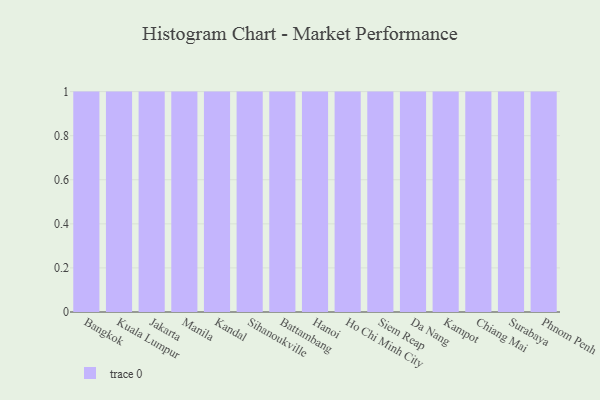
{"axis": {"x": "City", "y": "Temperature (°C)"}, "legend": [""], "data": [{"x": "Bangkok", "y": 52, "type": ""}, {"x": "Kuala Lumpur", "y": 38, "type": ""}, {"x": "Jakarta", "y": 51, "type": ""}, {"x": "Manila", "y": 91, "type": ""}, {"x": "Kandal", "y": 4, "type": ""}, {"x": "Sihanoukville", "y": 33, "type": ""}, {"x": "Battambang", "y": 52, "type": ""}, {"x": "Hanoi", "y": 52, "type": ""}, {"x": "Ho Chi Minh City", "y": 38, "type": ""}, {"x": "Siem Reap", "y": 59, "type": ""}, {"x": "Da Nang", "y": 23, "type": ""}, {"x": "Kampot", "y": 26, "type": ""}, {"x": "Chiang Mai", "y": 48, "type": ""}, {"x": "Surabaya", "y": 61, "type": ""}, {"x": "Phnom Penh", "y": 43, "type": ""}]}